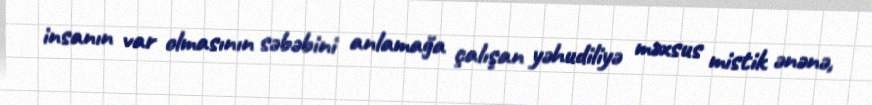
insanın var olmasının səbəbini anlamağa çalışan yəhudiliyə məxsus mistik ənənə,